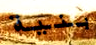
بنية